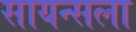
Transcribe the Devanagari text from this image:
सायन्सला